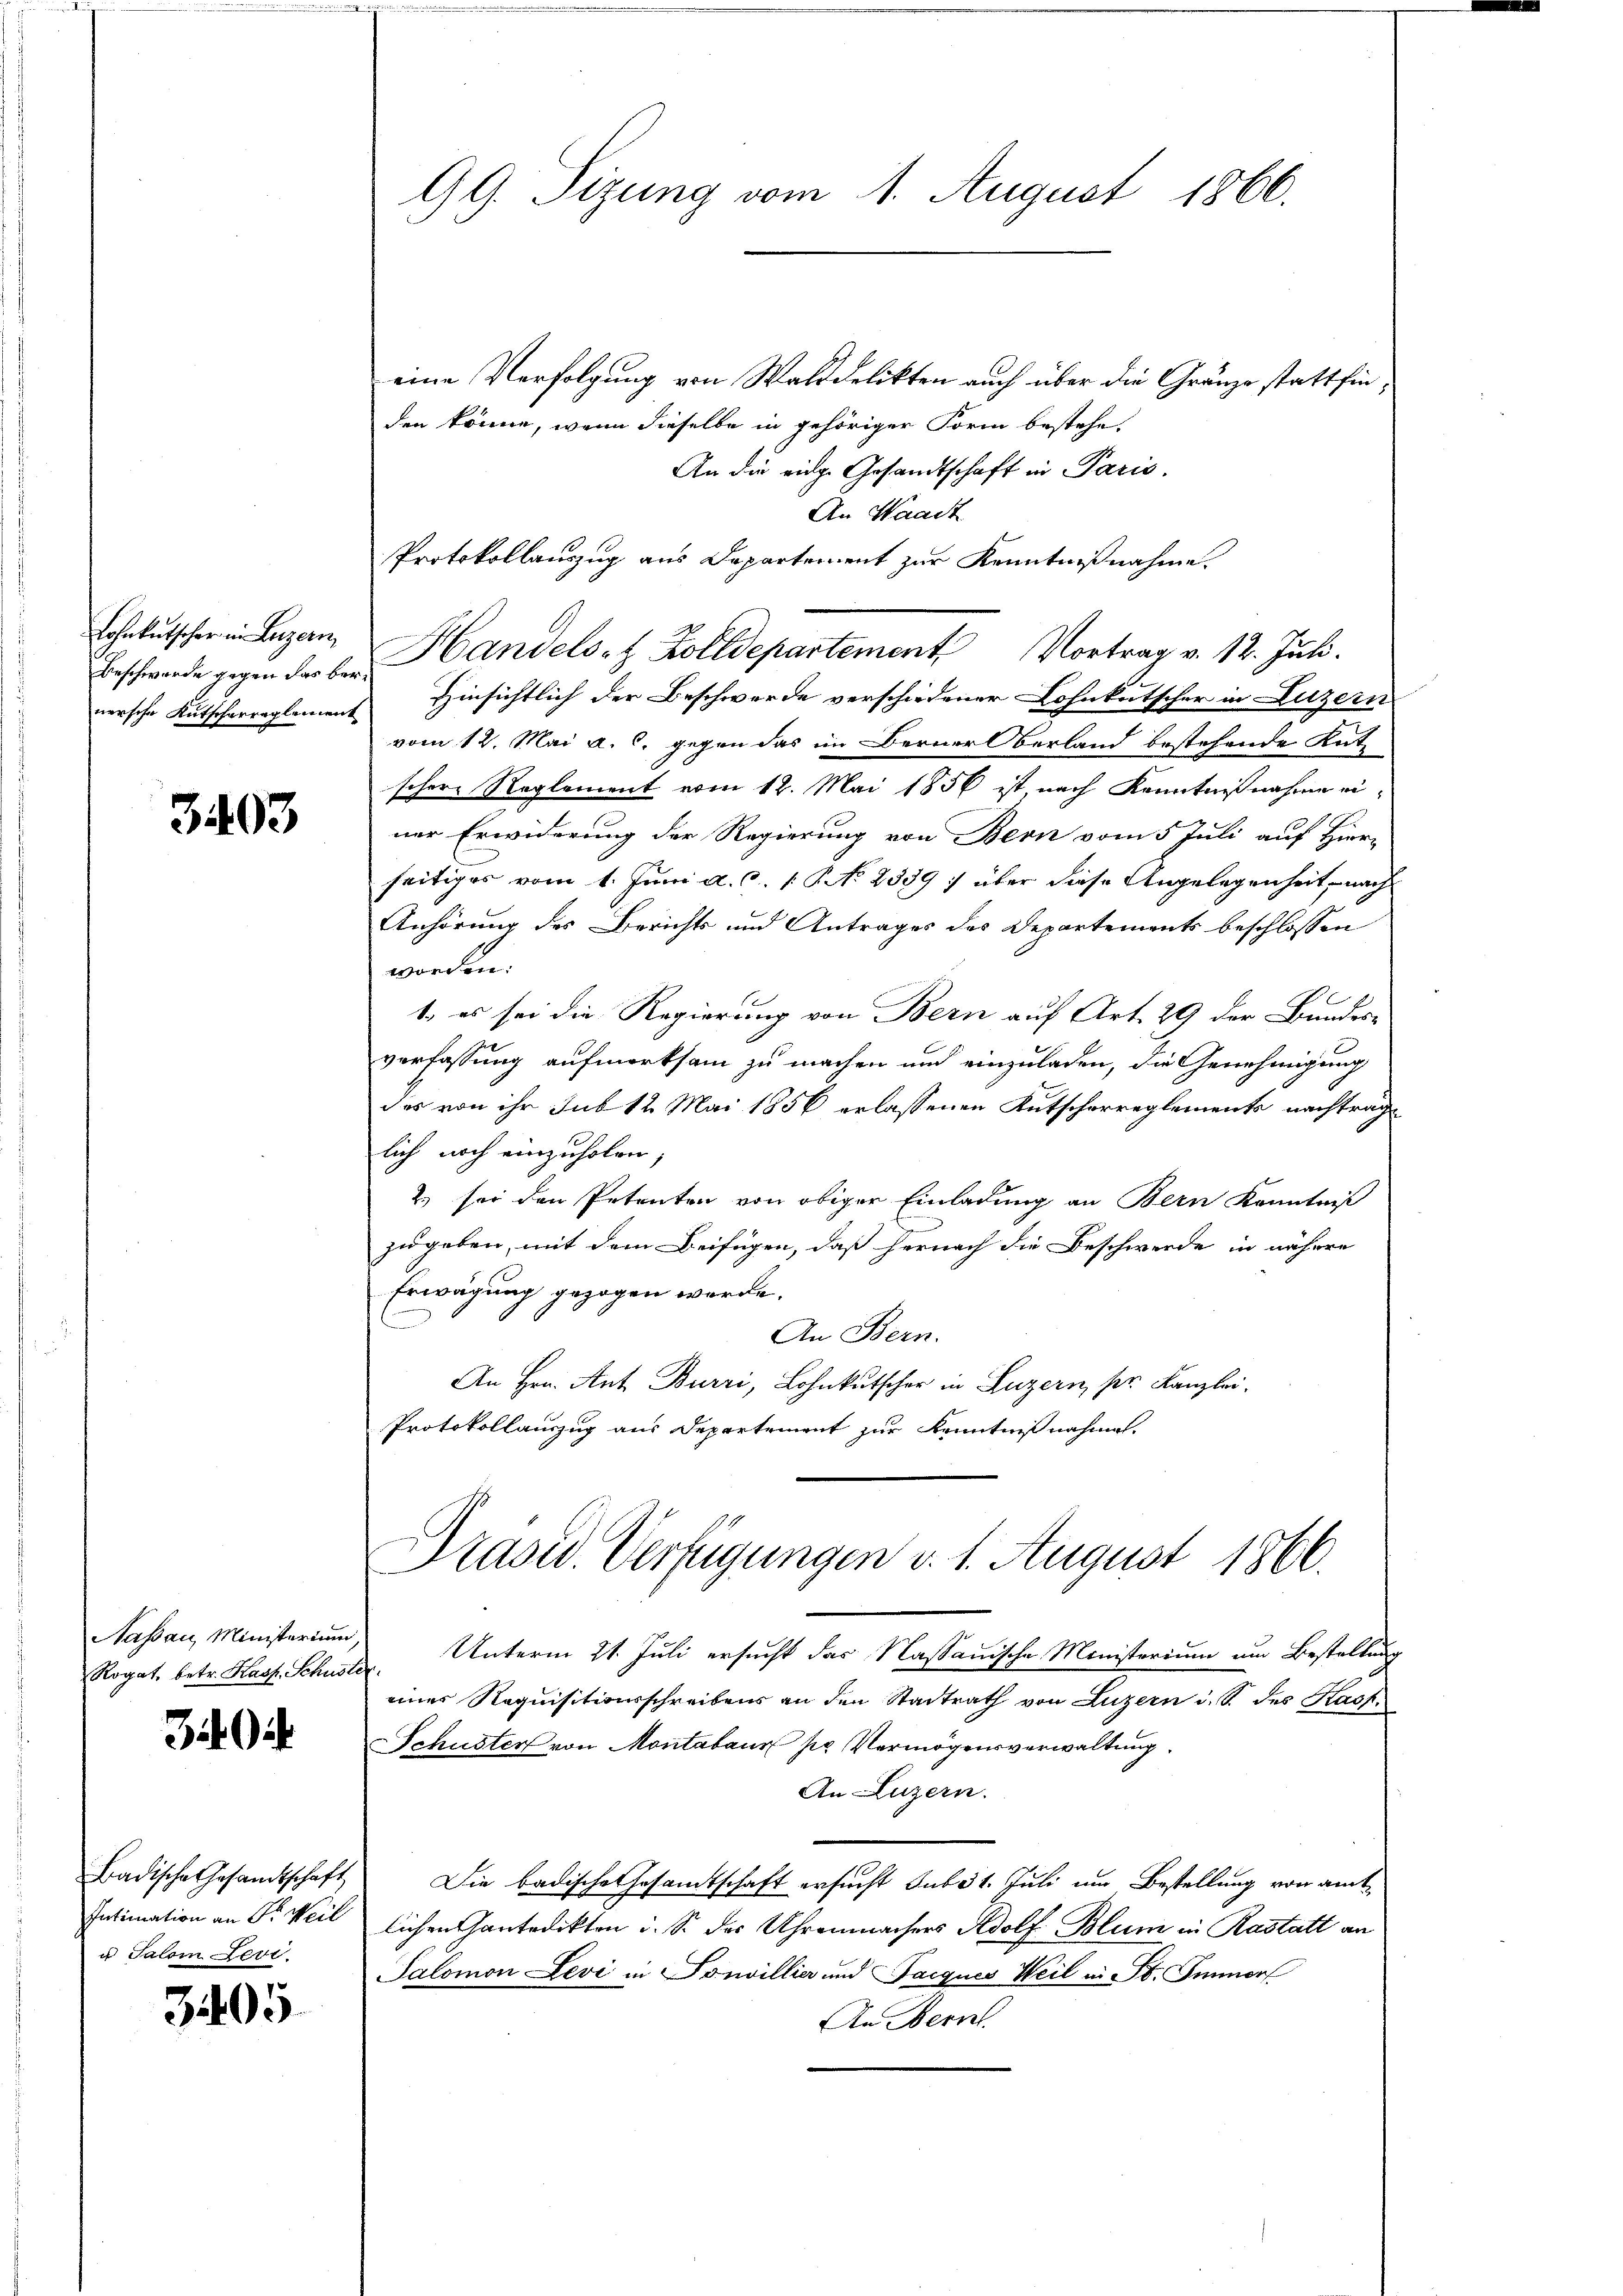
Lohnkutscher in Luzern,

3403

Nassau, Ministerium,

340

Badische Gesandtschaft
Intimation an Dr. Weil
u Salom Levi.

3405

GG. Sizung vom 11. August 1866.

eine Verfolgung von Wald delikten auch über die Gränze stattfinden könne, wenn dieselbe in gehöriger Form bestehe.
An die eige Gesandtschaft in Paris.
An Waadt
Protokollauszug aus Departement zur Kenntnißnahme.
Beschwerde gegen der bei Handels- & Zolldepartement Vortrag v. 12. Juli.
nersche Kutscherreglement Hinsichtlich der Beschwerde verschiedener Lohnkutscher in Luzern
vom 12. Mai a. c. gegen das im Berner Verland bestehende Kat
schere Reglement vom 12. Mai 1856 ist, nach Kenntnißnahme einer Erwiderung der Regierung von Bern vom 5 Juli auf Hier-
seitiges vom 1. Juni a. c. 1. No 2339) über diese Angelegenheit, nach
Anhörung des Berichts und Antrages des Departements beschlossen
worden.
1. es sei die Regierung von Bern auf Art. 29 der Bundes-
verfassung aufmerksam zu machen und einzuladen, die Genehmigung
des von ihr sub 12 Mai 1856 erlassenen Kutscherreglements nachtraglich noch einzuholen;
2.) sei den Petenten von obiger Einladung an Bern Kenntniß
zugeben, mit dem Beifügen, daß hernach die Beschwerde in nähere
Erwägung gezogen werde.
An Bern.
An Hrn. Ant. Burri, Lohnkutscher in Luzern pr. Kanzlei.
Protokollauszug aus Departement zur Kenntnißnahmen.
Präsid. Verfügungen v. 1. August 1866.
Rogat, betr. Hass. Schuster Unterm 21. Juli ersucht das Nassauische Ministerium um Bestellung
einer Requisitionsschreibens an den Stadtrath von Luzern u. S. des Kasp.
SSchuster von Montabaur pr Vermögensverwaltung
An Luzern.
Die Badische Gesandtschaft ersucht sub 31. Juli um Bestellung von amt
lichen Gantedikten i. S. des Uhrenmachers Adolf Blum in Rastatt an
Salomon Levi in Sonvillier und Parques Weil a. St. Sinner
An Bern.